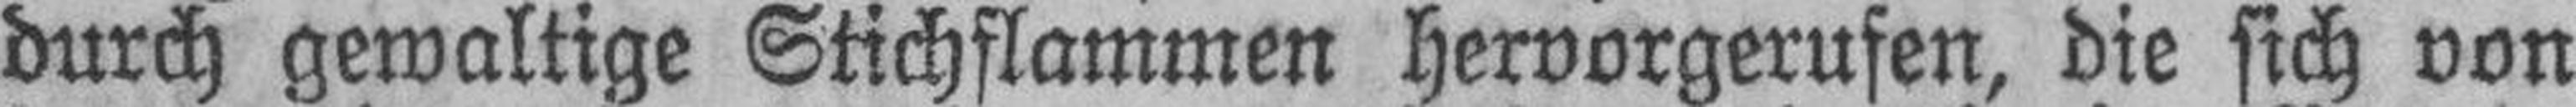
durch gewaltige Stichflammen hervorgerufen, die sich von